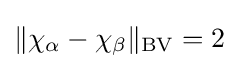
\Vert \chi _{\alpha }-\chi _{\beta }\Vert _{\operatorname {BV} }=2